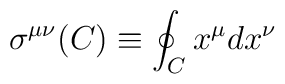
\sigma^{\mu\nu}(C)\equiv \oint_C x^\mu dx^\nu